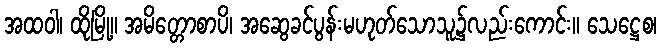
အထဝါ၊ ထိုမြို့။ အမိတ္တောစာပိ၊ အဆွေခင်ပွန်းမဟုတ်သောသူ၌လည်းကောင်း။ သေဋ္ဌေစ၊